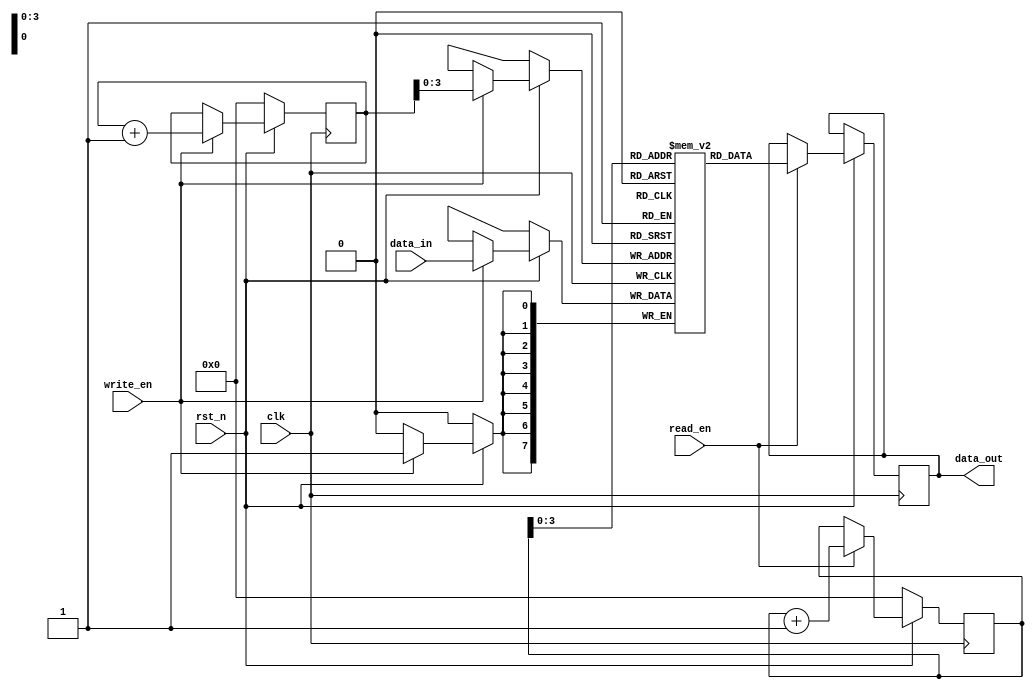
module fifo_buffer (
    input wire clk,
    input wire rst_n,
    input wire write_en,
    input wire read_en,
    input wire [DATA_WIDTH-1:0] data_in,
    output reg [DATA_WIDTH-1:0] data_out
);

parameter DATA_WIDTH = 8;
parameter DEPTH = 16;

reg [DATA_WIDTH-1:0] mem [DEPTH-1:0];
reg [4:0] write_ptr;
reg [4:0] read_ptr;

always @(posedge clk) begin
    if (!rst_n) begin
        write_ptr <= 0;
    end else if (write_en) begin
        write_ptr <= write_ptr + 1;
        mem[write_ptr] <= data_in;
    end
end

always @(posedge clk) begin
    if (!rst_n) begin
        read_ptr <= 0;
    end else if (read_en) begin
        read_ptr <= read_ptr + 1;
        data_out <= mem[read_ptr];
    end
end

endmodule